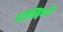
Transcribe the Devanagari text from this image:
मोलिनरी